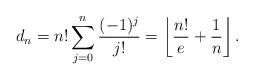
LaTeX: \begin{align*}d_n= n!\sum_{j=0}^n \frac{(-1)^j}{j!}=\left\lfloor \frac{n!}{e}+\frac{1}{n}\right\rfloor.\end{align*}